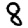
Digit: 8